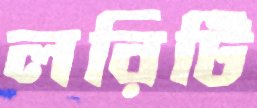
লরিটি